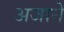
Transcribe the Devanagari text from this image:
अजाने